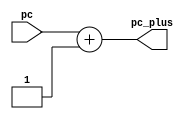
`timescale 1ns / 1ps
//////////////////////////////////////////////////////////////////////////////////
// Company: 
// Engineer: 
// 
// Design Name: 
// Module Name:    pc_plus4 
// Project Name: 
// Target Devices: 
// Tool versions: 
// Description: 
//
// Dependencies: 
//
// Revision: 
// Revision 0.01 - File Created
// Additional Comments: 
//
//////////////////////////////////////////////////////////////////////////////////
module alu_imm4(
		input [31:0]pc,
		output [31:0]pc_plus
);

assign pc_plus = pc + 32'd1;

endmodule